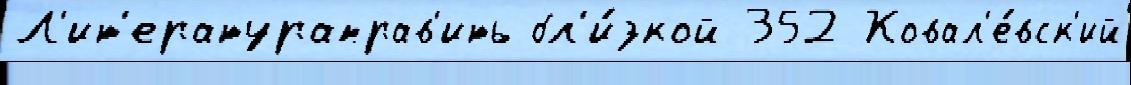
Л'ит'ератураправ'ить бл'и́зкой 352 Ковал'е́вск'ий